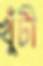
খুঁটী